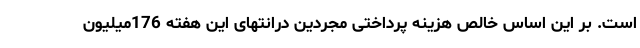
است. بر این اساس خالص هزینه پرداختی مجردین درانتهای این هفته 176میلیون